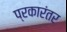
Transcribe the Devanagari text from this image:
प्रकारंतर